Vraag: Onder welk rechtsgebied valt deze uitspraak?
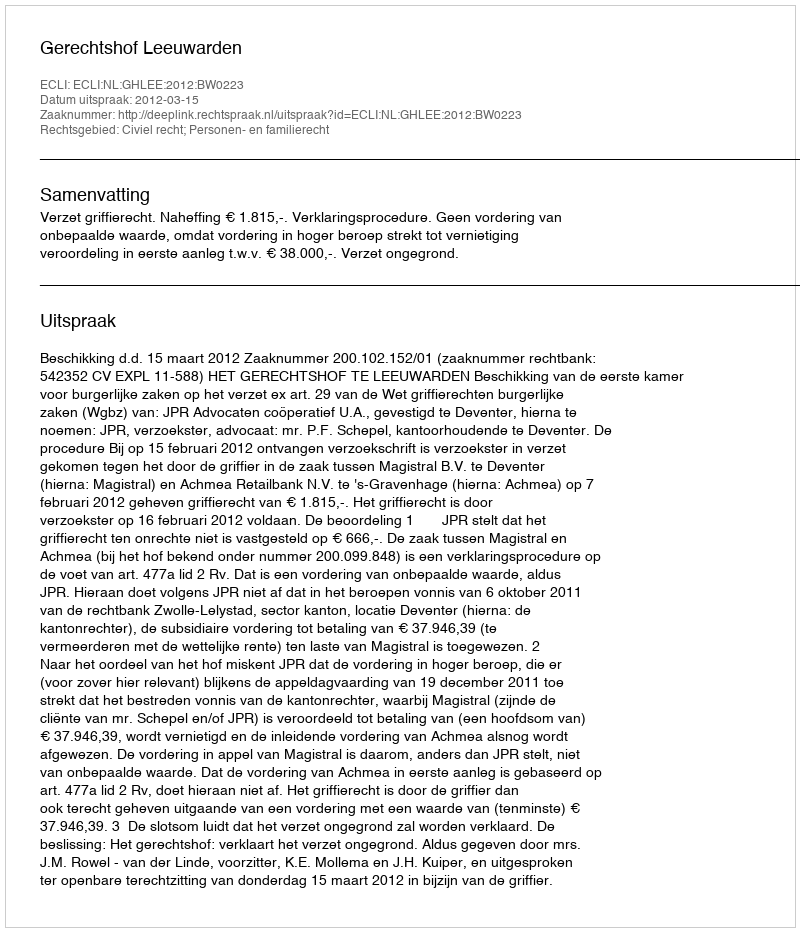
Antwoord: Civiel recht; Personen- en familierecht